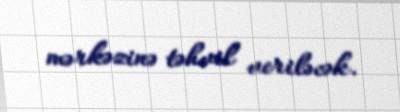
mərkəzinə təhvil veriləcək.